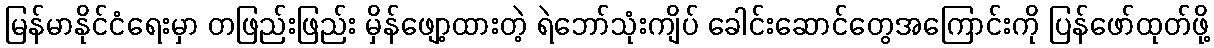
မြန်မာနိုင်ငံရေးမှာ တဖြည်းဖြည်း မှိန်ဖျော့ထားတဲ့ ရဲဘော်သုံးကျိပ် ခေါင်းဆောင်တွေအကြောင်းကို ပြန်ဖော်ထုတ်ဖို့